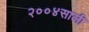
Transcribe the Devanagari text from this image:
२००४साली